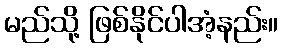
မည်သို့ ဖြစ်နိုင်ပါအံ့နည်း။